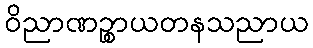
ဝိညာဏဉ္စာယတနသညာယ